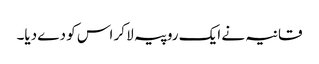
قانیہ نے ایک روپیہ لا کر اس کو دے دیا۔